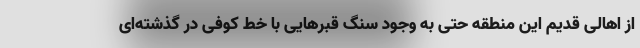
از اهالی قدیم این منطقه حتی به وجود سنگ قبرهایی با خط کوفی در گذشته‌ای